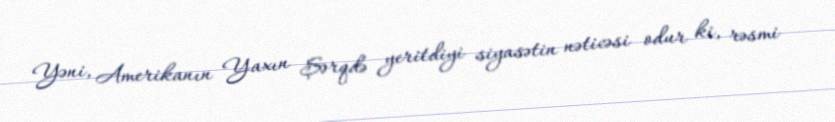
Yəni, Amerikanın Yaxın Şərqdə yeritdiyi siyasətin nəticəsi odur ki, rəsmi